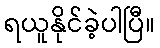
ရယူနိုင်ခဲ့ပါပြီ။